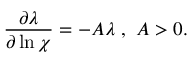
\frac { \partial \lambda } { \partial \ln \chi } = - A \lambda ~ , ~ A > 0 .